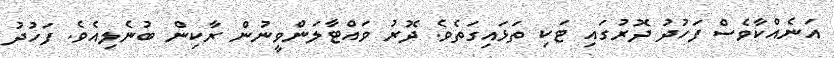
އަނެއްކާވެސް ފަހުދު ދޮރުގައި ޓަކި ތަޅައިގަތެވެ. ދޮރު ވައްޓާލަންވީނުން ރާކިން ބުނެލިއެވެ. ފަހުދު